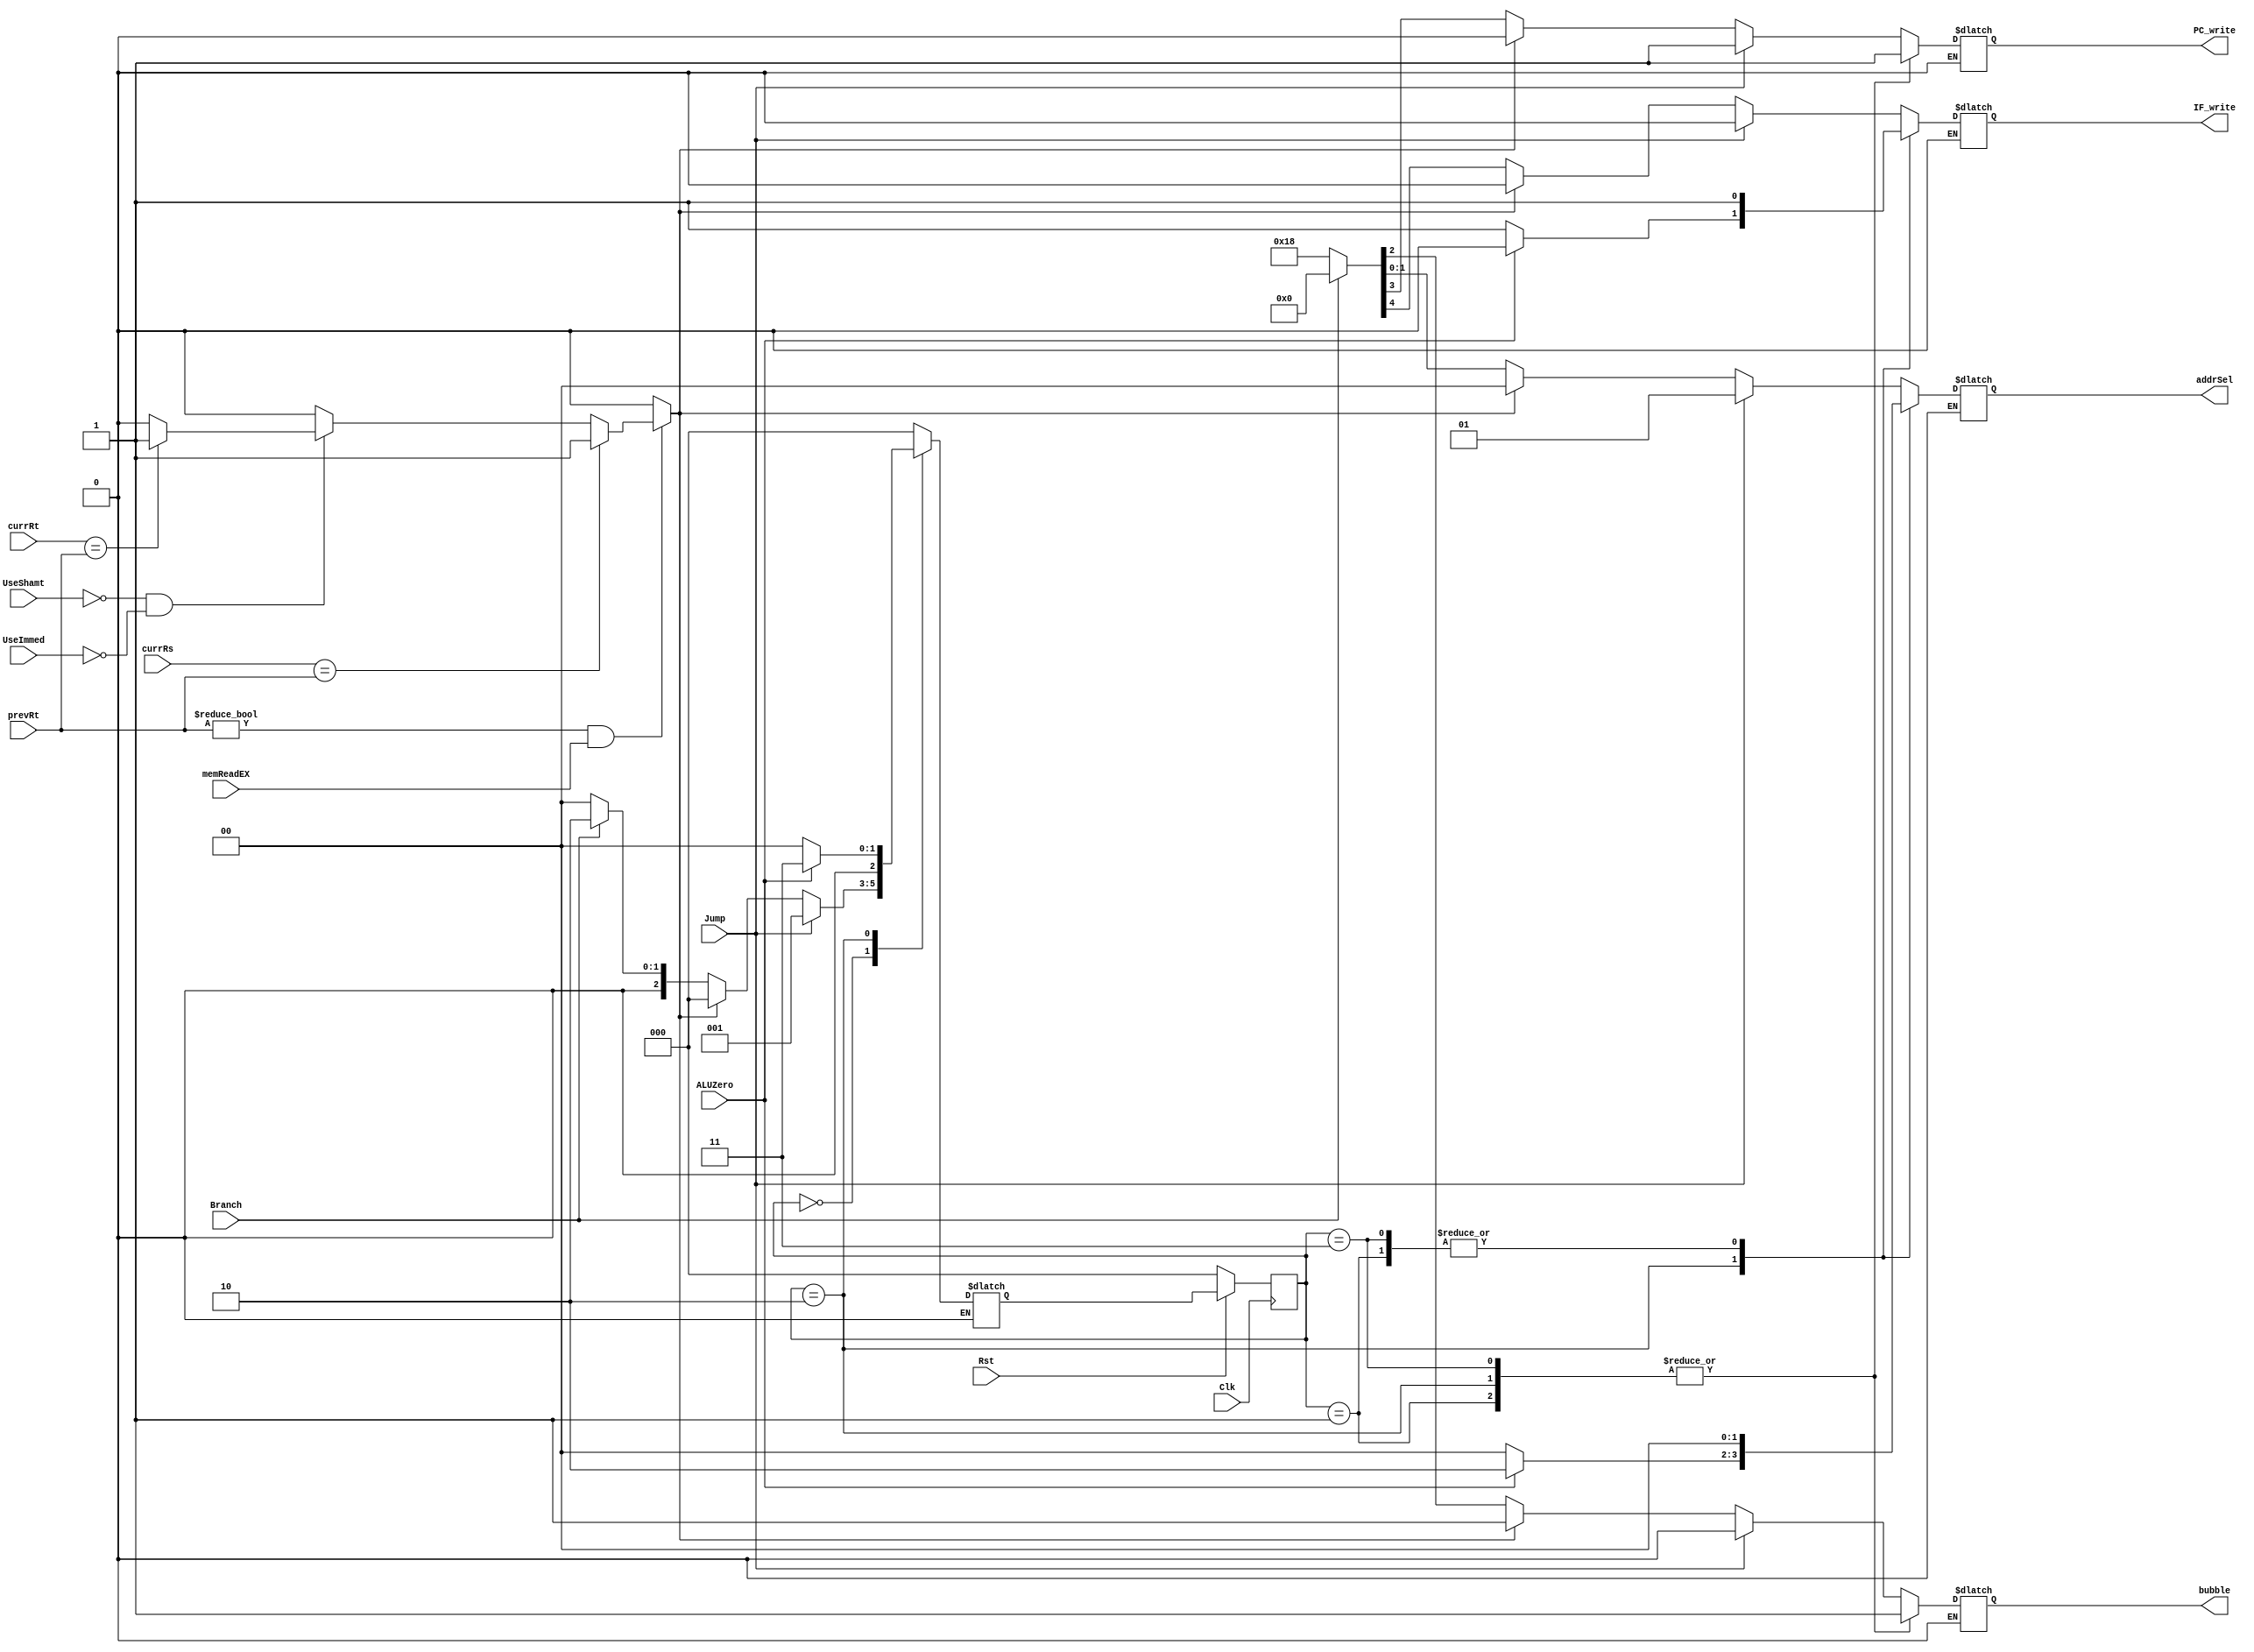
`timescale 1ns / 1ps

module HazardUnit (IF_write, PC_write, bubble, addrSel, Jump, Branch, ALUZero,
memReadEX, currRs, currRt, prevRt, UseShamt, UseImmed, Clk, Rst);

output reg IF_write, PC_write, bubble;
output reg [1:0] addrSel;
input Jump, Branch, ALUZero, memReadEX, Clk, Rst;
input UseShamt, UseImmed;
input [4:0] currRs, currRt, prevRt;

parameter NoHazard_state = 3'b000;
parameter Jump_state = 3'b001;
parameter Branch_0_state = 3'b010; //branch execution  
parameter Branch_1_state = 3'b011; //branch not taken

//internal Signals 
reg  LdHazard;

//internal states
reg [2:0] FSM_state, FSM_next_state;

//setting values of LdHazard 
always @(*) begin
if (prevRt !=0 && memReadEX == 1)begin 

if (currRs == prevRt)
LdHazard <=1;

else begin 
if ((UseShamt==0) && (UseImmed==0)) begin 
if (currRt==prevRt)
LdHazard<=1;
else 
LdHazard<=0;
end
else begin
LdHazard <=0;
end 
end 
end 
else begin 
LdHazard<=0;
end 
end 

always @(negedge Clk) begin 
if (Rst==0)
FSM_state <=0;
else
FSM_state <=FSM_next_state;
end 

//Melay implementation of states

always @(*) begin 
case (FSM_state)

NoHazard_state: begin  //jump should be a priority as mentioned in mannual. 
				
				if (Jump==1'b1)begin 
				{IF_write, PC_write, bubble, addrSel} = 5'b01001;//make the addrsel as per jump so that it can take the right pc from pipeline proceesor code. 
				FSM_next_state = Jump_state;//in the jump state make it normal again 
				end 
				
				else if (LdHazard==1'b1)begin//if hazard detected, stop fetching new IF and stop incrementing the PC and writing into pC 
				{IF_write, PC_write, bubble, addrSel} = 5'b00100;
				FSM_next_state = NoHazard_state;
				end
				
				else if (Branch==1'b1)begin 
				{IF_write, PC_write, bubble, addrSel} = 5'b00000;//as per the flow chart, go to branch zero and check for alu zero flag. Later resolve it back to normal 
				FSM_next_state = Branch_0_state;
				end
				
				else begin
				{IF_write, PC_write, bubble, addrSel} = 5'b11000;//normal state 
				FSM_next_state = NoHazard_state;
				end
				
				end
				
Jump_state: begin
			{IF_write, PC_write, bubble, addrSel} = 5'b11100;//stopping execution until jump is resolved completely in nohazard unit
			FSM_next_state = NoHazard_state;
			end
			
Branch_0_state: begin
				if (ALUZero==1'b0)begin //brnach not equal result 
				{IF_write, PC_write, bubble, addrSel} = 5'b11100;
				FSM_next_state = NoHazard_state;
				end 
				else if (ALUZero==1'b1)begin // branch equal result. 
				{IF_write, PC_write, bubble, addrSel} = 5'b01110;//stopping the IF stage incase branch gets detected. Assuming it to be BEQ and not BNEQ
				FSM_next_state = Branch_1_state;
				end
				end
				
Branch_1_state: begin
				{IF_write, PC_write, bubble, addrSel} = 5'b11100;//stopping execution until branch in completely resolved in no hazard unit. 
				FSM_next_state = NoHazard_state;
				end
				
default : 	begin 
			FSM_next_state = NoHazard_state;
			PC_write = 1'bx;
			IF_write = 1'bx;
			bubble = 1'bx;
			addrSel = 2'bxx;
			end 
endcase
end 
endmodule